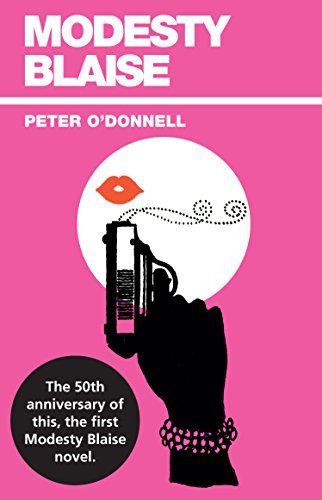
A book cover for Modesty Blaise (Modesty Blaise series); Peter O'Donnell; Literature & Fiction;